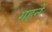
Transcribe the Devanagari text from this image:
गहनें